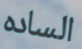
الساده